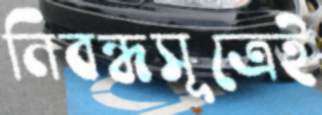
নিবন্ধসূত্রেই